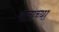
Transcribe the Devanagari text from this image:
मलाच्या